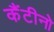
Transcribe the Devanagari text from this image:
कैंटीनो